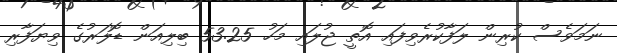
ނަމަވެސް ކުރިން ލަފާކުރެވިފައި އޮތީ ޖުލައި މަހު 53.25 ބިލިއަން ޑޮލަރުގެ ވިޔަފާރި